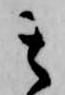
其